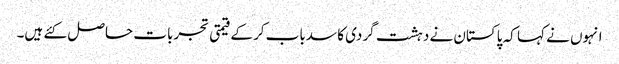
انہوں نے کہا کہ پاکستان نے دہشت گردی کا سدباب کرکے قیمتی تجربات حاصل کئے ہیں۔